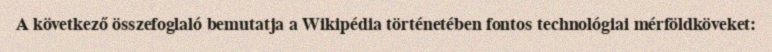
A következő összefoglaló bemutatja a Wikipédia történetében fontos technológiai mérföldköveket: